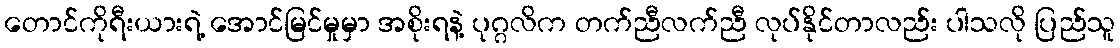
တောင်ကိုရီးယားရဲ့ အောင်မြင်မှုမှာ အစိုးရနဲ့ ပုဂ္ဂလိက တက်ညီလက်ညီ လုပ်နိုင်တာလည်း ပါသလို ပြည်သူ